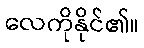
လေကိုနိုင်၏။